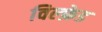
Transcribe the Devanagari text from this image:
विल्फ़ेड